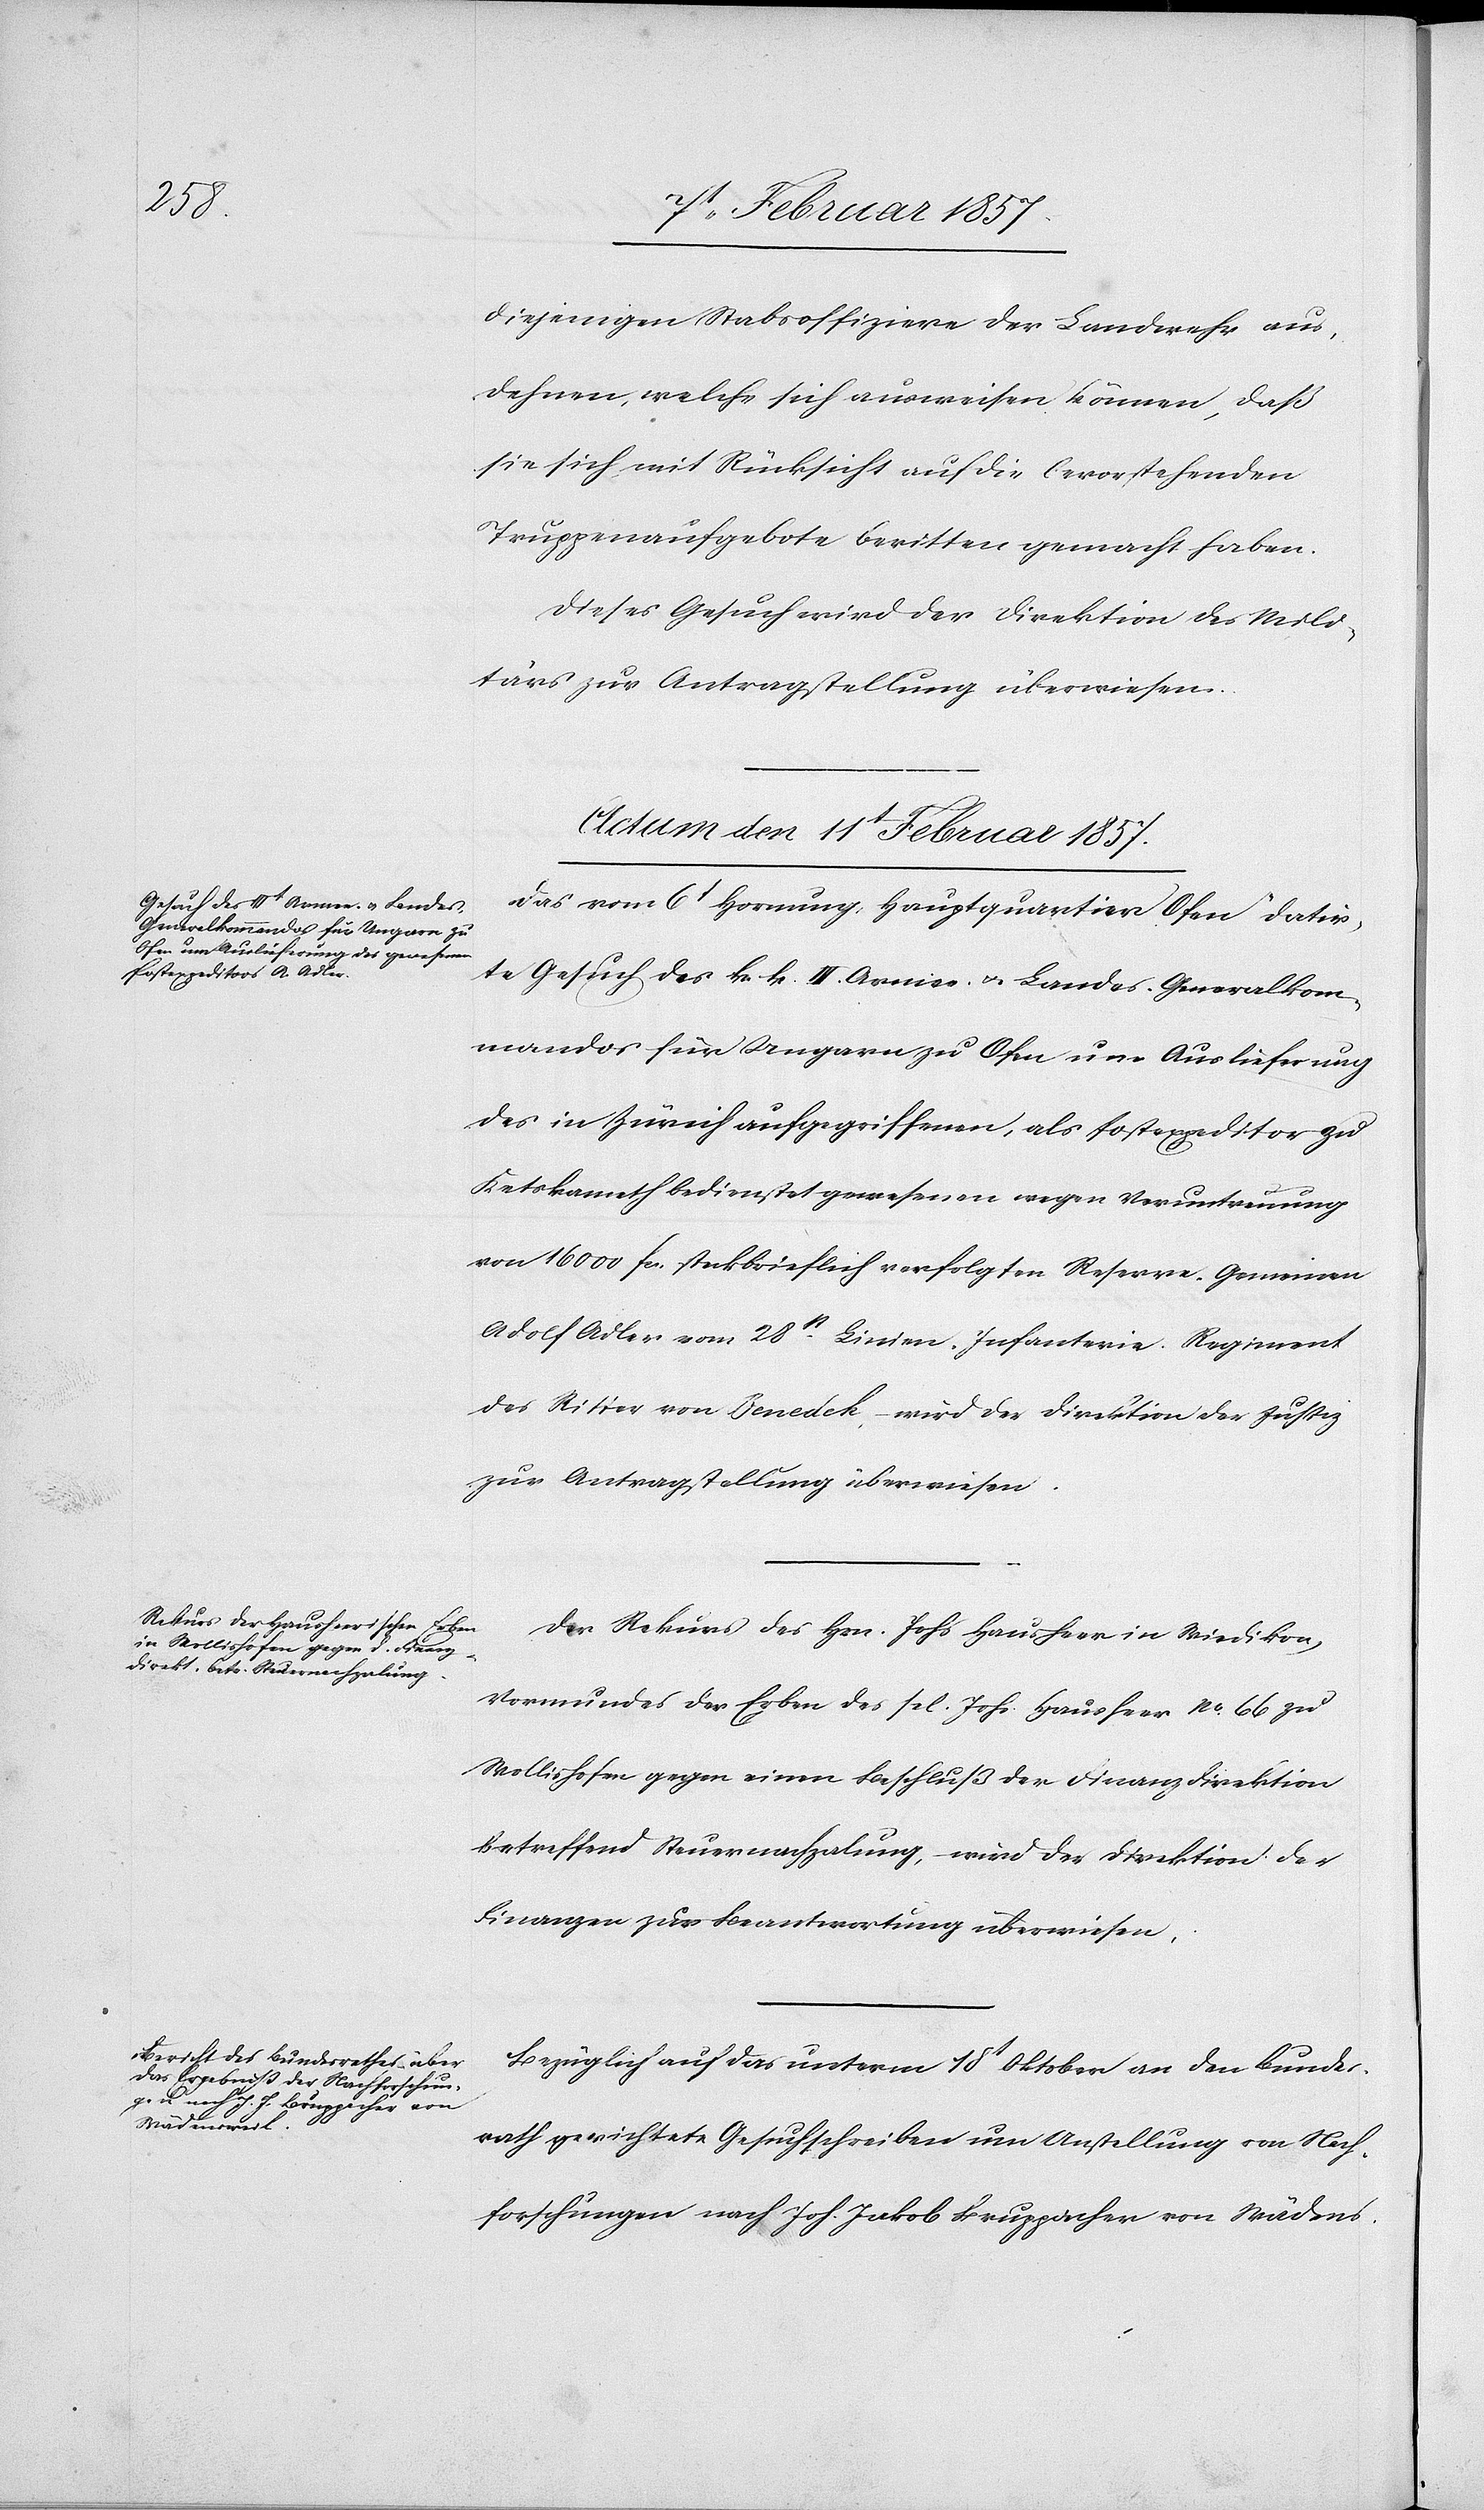
diejenigen Stabsoffiziere der Landwehr aus¬
dehnen, welche sich ausweisen können, daß
sie sich mit Rücksicht auf die bevorstehenden
Truppenaufgebote beritten gemacht haben.
Dieses Gesuch wird der Direktion des Mili¬
tärs zur Antragstellung überwiesen.
Actum den11t Februar 1857.]
Das vom 6t Hornung Hauptquartier Ofen datir¬
te Gesuch des k. k. III. Armee- u. Landes-Generalkom¬
mandos für Ungarn zu Ofen um Auslieferung
des in Zürich aufgegriffenen, als Postexpeditor zu
Ketskameth bedienstet gewesenen wegen Veruntreuung
von 16 000 fr. steckbrieflich verfolgten Reserve-Gemeinen
Adolf Adler vom 28st Linien-Infanterie-Regiment
des Ritter von Benedek, wird der Direktion der Justiz
zur Antragstellung überwiesen.
Der Rekurs des Hrn. Johs Hausheer in Wiedikon,
Vormundes der Erben des sel. Johs. Hausheer No 66 zu
Wollishofen gegen einen Beschluß der Finanzdirektion
betreffend Steuernachzalung, wird der Direktion der
Finanzen zur Beantwortung überwiesen.
Bezüglich auf das unterm 18t Oktober an den Bundes¬
rath gerichtete Gesuchschreiben um Anstellung von Nach¬
forschungen nach Joh. Jakob Bruppacher von Wädens-